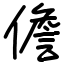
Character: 儋